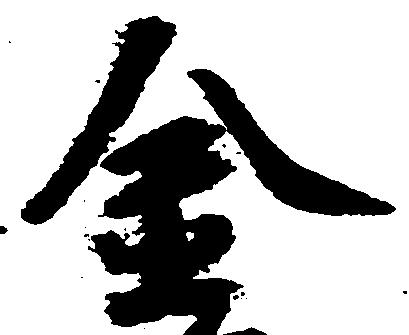
金